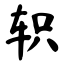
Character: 轵